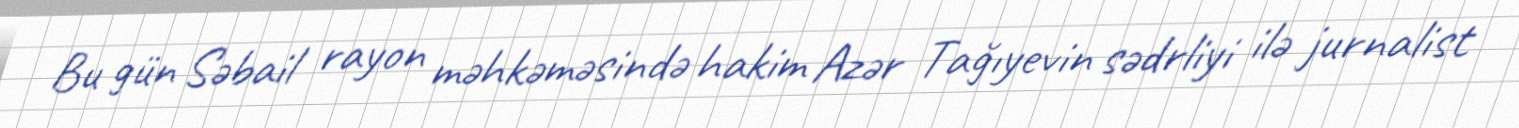
Bu gün Səbail rayon məhkəməsində hakim Azər Tağıyevin sədrliyi ilə jurnalist